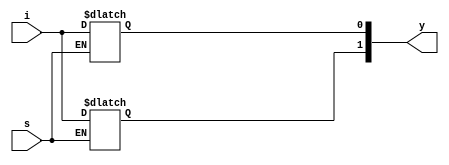
module demux_1_to_2 (
    y,
    i,
    s
);

  output reg [1:0] y;
  input i, s;

  always @(*) begin
    if (s == 0) begin
      y[0] = i;
    end else begin
      y[1] = i;
    end
  end

endmodule

module testbench;

  reg i, s;
  wire [1:0] y;

  demux_1_to_2 dut (
      y,
      i,
      s
  );

  initial begin
    s = 1'b0;
    i = 1'b0;
  end

  always #2 s = s + 1'b1;
  always #1 i = i + 1'b1;

  initial $monitor("output = %b, s = %b, i = %b", y, s, i);

  initial #8 $finish;

endmodule

/*OUTPUT:
output = x0, s = 0, i = 0
output = x1, s = 0, i = 1
output = 01, s = 1, i = 0
output = 11, s = 1, i = 1
output = 10, s = 0, i = 0
output = 11, s = 0, i = 1
output = 01, s = 1, i = 0
output = 11, s = 1, i = 1
1_to_2_Demux.v:41: $finish called at 8 (1s)
output = 10, s = 0, i = 0
*/